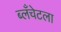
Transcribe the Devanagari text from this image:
ब्लँचेटला